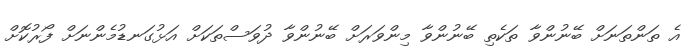
އެ ތަންތަނަށް ބޭނުންވާ ތަކެތި ބޭނުންވާ މިންވަރަށް ބޭނުންވާ ދުވަސްތަކަށް އަޅުގަނޑުމެންނަށް ފޯރުކޮށް